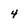
Character: 4